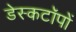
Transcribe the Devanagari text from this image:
डेस्कटॉपों